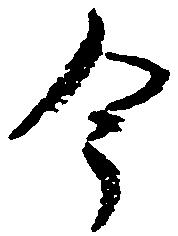
今